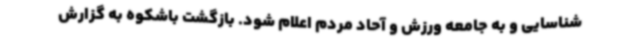
شناسایی و به جامعه ورزش و آحاد مردم اعلام شود. بازگشت باشکوه به گزارش